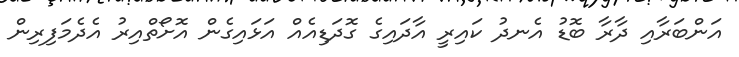
އަންބަރާއި ދާރާ ބޮޑު އެނދު ކައިރީ އާދައިގެ ގޮދަޑިއެއް އަޅައިގެން އޮށޯތްއިރު އެދެމަފިރިން